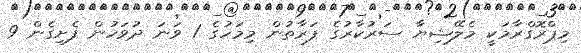
މިޕްރޮގްރާމަކީ މެލޭޝިޔާ ސަރުކާރުގެ ފަރާތުން މިމަހުގެ 1 ވަނަ ދުވަހުން ފެށިގެން 9